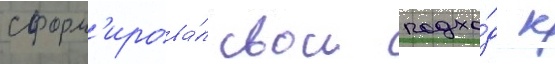
сформ'ирова́л свои подхо́д к